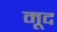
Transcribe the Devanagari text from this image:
मूद